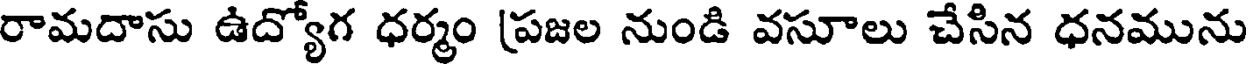
రామదాసు ఉద్యోగ ధర్మం (పజల నుండి వసూలు చేసిన ధనమును